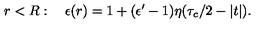
r < R : \quad \epsilon ( r ) = 1 + ( \epsilon ^ { \prime } - 1 ) \eta ( \tau _ { c } / 2 - | t | ) .